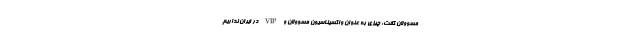
مسوولان گفت: چیزی به عنوان واکسیناسیون مسوولان و VIP در ایران نداریم